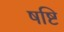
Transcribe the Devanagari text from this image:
षष्टि